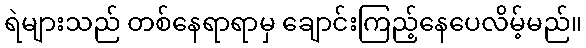
ရဲများသည် တစ်နေရာရာမှ ချောင်းကြည့်နေပေလိမ့်မည်။